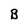
Character: B